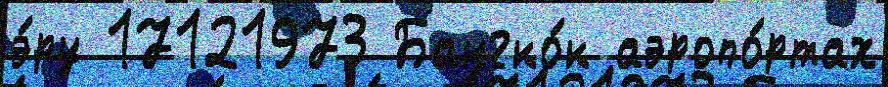
э́ру 17121973 Бангко́к аэропо́ртах